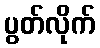
ပွတ်လိုက်